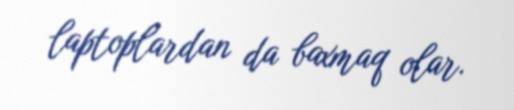
laptoplardan da baxmaq olar.